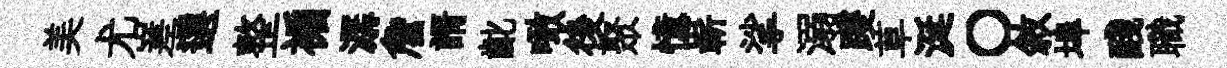
美尤嵳選整褊潺詹諝齔噉後聚憶嶄挲溺躞草涎〇敘埠醆職